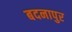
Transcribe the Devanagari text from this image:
बदनापुर